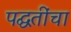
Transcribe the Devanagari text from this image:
पद्घतींचा